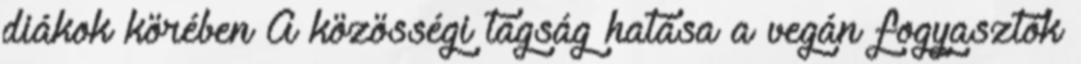
diákok körében A közösségi tagság hatása a vegán fogyasztók